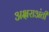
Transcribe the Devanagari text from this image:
अक्षराअंती